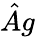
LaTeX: \hat{A}g